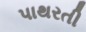
પાથરતી